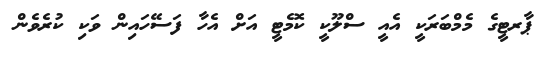
ޕާރޓީގެ މެމްބަރަކީ އެއީ ސްލޫކީ ކޮމެޓީ އަށް އެހާ ފަސޭހައިން ވަކި ކުރެވެން